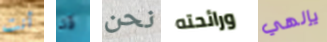
أنت قد نحن ورائحته يإلهي